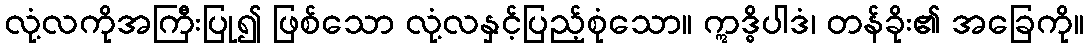
လုံ့လကိုအကြီးပြု၍ ဖြစ်သော လုံ့လနှင့်ပြည့်စုံသော။ ဣဒ္ဓိပါဒံ၊ တန်ခိုး၏ အခြေကို။